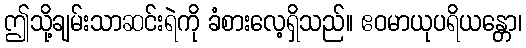
ဤသို့ချမ်းသာဆင်းရဲကို ခံစားလေ့ရှိသည်။ ဧဝမာယုပရိယန္တော၊